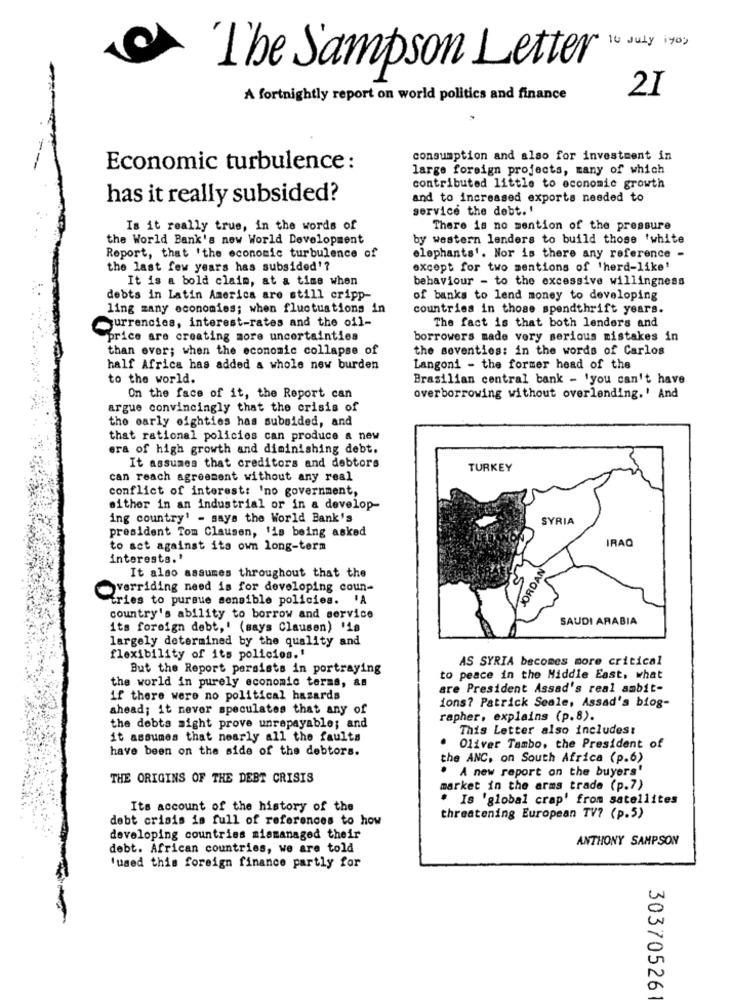
10 July iyos
The Sampson Letter
2I
A fortnightly report on world politics and finance
consumption and also for investment in
Economic turbulence :
large foreign projects, many of which
contributed little to economic growth
has it really subsided?
and to increased exports needed to
service the debt. '
Is it really true, in the words of
There is no mention of the pressure
the World Bank's new World Development
by western lenders to build those 'white
Report, that 'the economic turbulence of
elephants'. Nor is there any reference -
the last few years has subsided'?
except for two mentions of 'herd-like'
It is a bold claim, at a time when
behaviour - to the excessive willingness
debts in Latin America are still cripp-
of banks to lend money to developing
ling zany economies; when fluctuations in
countries in those spendthrift years.
Currencies, interest-rates and the oil-
The fact is that both lenders and
price are creating more uncertainties
borrowers made very serious mistakes in
than ever; when the economic collapse of
the seventies: in the words of Carlos
half Africa has added a whole new burden
Langoni - the former head of the
to the world.
Brasilian central bank - 'you can't have
On the face of it, the Report can
overborrowing without overlending.' And
argue convincingly that the crisis of
the early eighties has subsided, and
that rational policies can produce a new
era of high growth and diminishing debt.
It assumes that creditors and debtors
TURKEY
can reach agreement without any real
conflict of interest: 'no government,
either in an industrial or in a develop-
ing country' - says the World Bank's
SYRIA
president Tom Clausen, 'is being asked
IRAQ
to act against its own long-term
interests.'
JORDAN
It also assumes throughout that the
5
overriding need is for developing coun-
tries to pursue sensible policies. 'A
country's ability to borrow and service
SAUDI ARABIA
its foreign debt,' (says Clausen) '1a
largely determined by the quality and
flexibility of its policies.'
AS SYRIA becomes more critical
But the Report persists in portraying
to peace in the Middle East, what
the world in purely economic terms, as
are President Assad's real ambit-
if there were no political hazards
ions? Patrick Seale, Assad's biog-
ahead; it never speculates that any of
rapher. explains (p.8).
the debts sight prove unrepayable; and
This Letter also includes:
it assumes that nearly all the faults
have been on the side of the debtors.
Oliver Tambo, the President of
the ANC, on South Africa (p.6)
. A new report on the buyers'
THE ORIGINS OF THE DEBT CRISIS
market in the arms trade (p.7)
* Is 'global crap' from satellites
Its account of the history of the
debt crisis is full of references to how
threatening European TV? (p.5)
developing countries mismanaged their
ANTHONY SAMPSON
debt. African countries, we are told
'used this foreign finance partly for
30370526